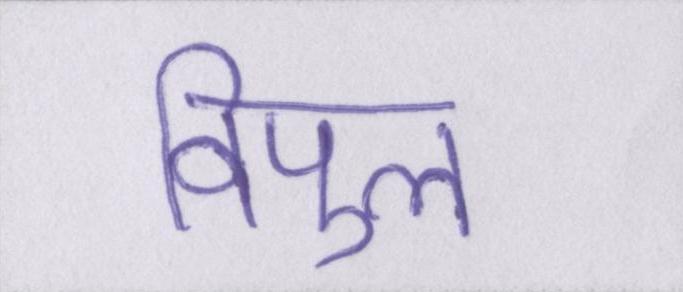
विपुल